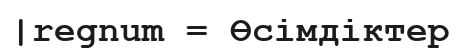
|regnum = Өсімдіктер